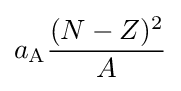
a_{\text{A}}{\frac {(N-Z)^{2}}{A}}